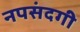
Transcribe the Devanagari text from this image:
नपसंदगी